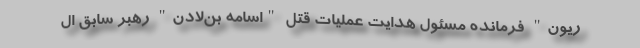
ریون" فرمانده مسئول هدایت عملیات قتل "اسامه بن‌لادن" رهبر سابق ال